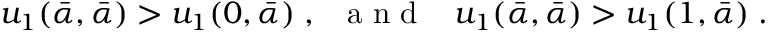
u _ { 1 } ( \bar { \alpha } , \bar { \alpha } ) > u _ { 1 } ( 0 , \bar { \alpha } ) \; , \; \; { \mathrm { ~ a ~ n ~ d ~ } } \; \; \; u _ { 1 } ( \bar { \alpha } , \bar { \alpha } ) > u _ { 1 } ( 1 , \bar { \alpha } ) \; .